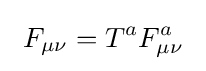
\ F_{\mu \nu }=T^{a}F_{\mu \nu }^{a}\